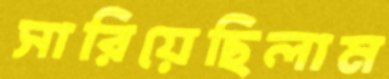
সারিয়েছিলাম